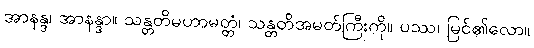
အာနန္ဒ၊ အာနန္ဒာ။ သန္တတိမဟာမတ္တံ၊ သန္တတိအမတ်ကြီးကို။ ပဿ၊ မြင်၏လော။